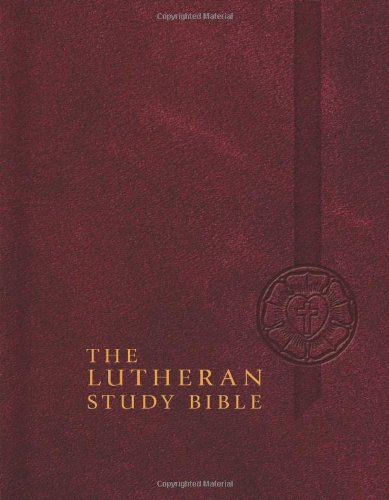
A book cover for The Lutheran Study Bible: English Standard Version; Christian Books & Bibles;